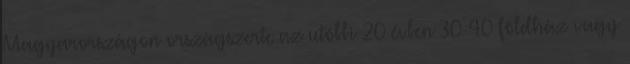
Magyarországon országszerte az utóbbi 20 évben 30-40 földház vagy